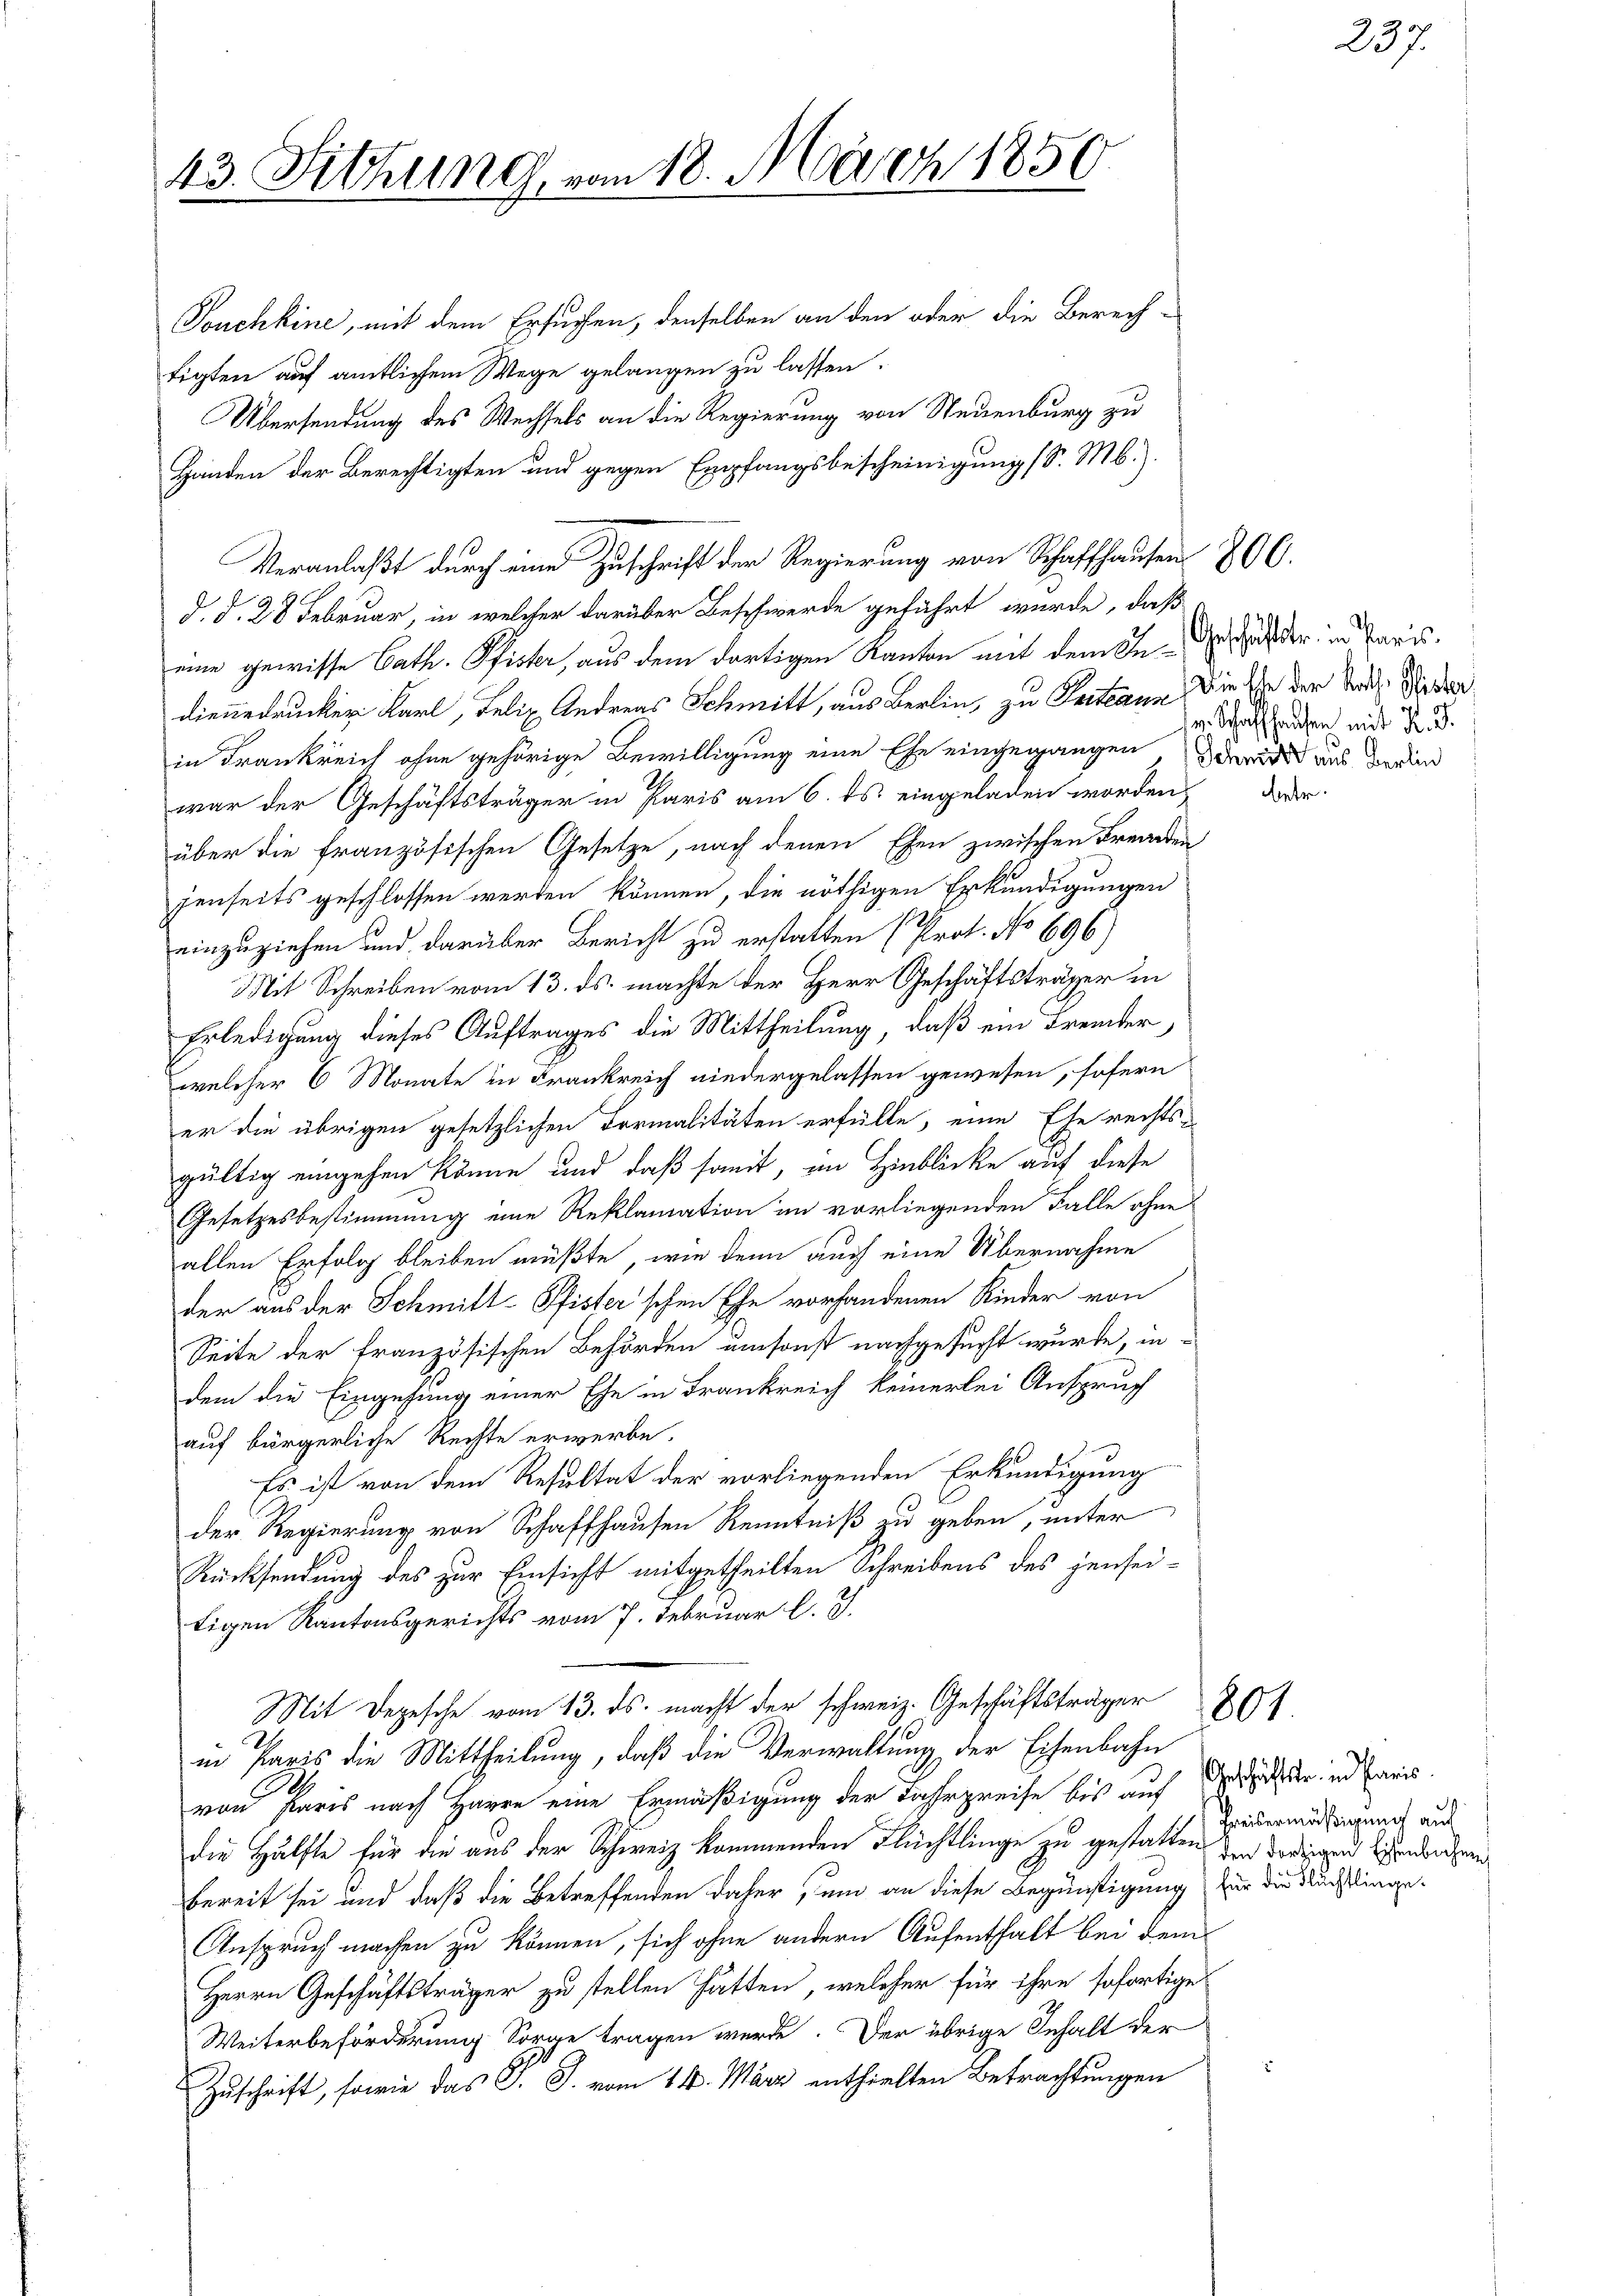
43. Sitzung, von 18. März 1850

Veranlaßt durch eine Zuschrift der Regierung von Schaffhausen 806.

Sonchkine, mit dem Ersuchen, denselben an den oder die Berech-
tigten auf amtlichem Wege gelangen zu lassen.
Übersendung des Wechsels an die Regierung von Neuenburg zu
Händen der Berechtigten und gegen Empfangsbescheinigung (S. M.).
d. d. 28 Februar, in welcher darüber Beschwerde geführt wurde, daß
eine gewisse Cath. Pfister, aus dem dortigen Kanton mit dem Indienedrucker Karl, Felix Andreas Schmitt, aus Berlin, zu Pettann die sie der Stadt Wieder
in Frankreich ohne gehörige Bewilligung eine Ehe eingegangen der aus der in
war der Geschäftsträger in Paris am 6. ds. eingeladen worden,
über die französischen Gesetze, nach denen Ehen zwischen Frearten
jenseits geschlossen werden können, die nöthigen Erkundigungen
einzuziehen und darüber Bericht zu erstatten (Prot. No 696)
Mit Schreiben vom 13. ds. machte der Herr Geschäftsträger in
Erledigung dieses Auftrages die Mittheilung, daß ein Fremder,
welcher 6 Monate in Frankreich niedergelassen gewesen, sofern
er die übrigen gesetzlichen Formalitäten erfülle, eine Ehe rechts-
gültig eingehen könne und daß somit, in Hinblicke auf diese
Gesetzesbestimmung eine Reklamation im vorliegenden Falle ohne
allen Erfolg bleiben müßte, wie denn auch eine Übernahme
der aus der Schmitt-Pfister'schen Ehe vorhandenen Kinder von
Seite der französischen Behörden umsonst nachgesucht wurde, in-
dem die Eingehung einer Ehe in Frankreich keinerlei Anspruch
auf bürgerliche Rechte erwerbe.
Es ist von dem Resultat der vorliegenden Erkundigung
der Regierung von Schaffhausen Kenntniß zu geben, unter
Rücksendung des zur Einsicht mitgetheilten Schreibens des jenseitigen Kantonsgerichts vom 7. Februar l. J.
Mit Depesche vom 13. ds. macht der schweiz. Geschäftsträger 80
in Paris die Mittheilung, daß die Verwaltung der Eisenbahn
von Paris nach Harre eine Ermäßigung der Fahrpreise bis auf des oder und Caris.
die Hälfte für die aus der Schweiz kommenden Flüchtlinge zu gestatten der dortigen andenen
bereit sei und daß die Betreffenden daher, um an diese Begünstigung für die Nachlinge¬
Anspruch machen zu können, sich ohne andern Aufenthalt bei dem
Herrn Geschäftsträger zu stellen hätten, welcher für ihre sofortige
Weiterbeförderung Sorge tragen werde. Der übrige Inhalt der
Zuschrift, sowie das J. J. vom 14. März enthielten Betrachtungen

Geschäftstr. in Paris.
v. Schaffhausen mit 2. 3.

betr.

23)

Preisermäßigung auf